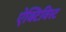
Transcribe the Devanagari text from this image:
ऐक्टिविस्ट